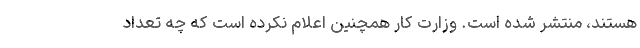
هستند، منتشر شده است. وزارت کار همچنین اعلام نکرده است که چه تعداد